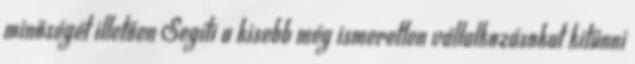
minőségét illetően Segíti a kisebb még ismeretlen vállalkozásokat kitűnni